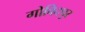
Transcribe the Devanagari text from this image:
गोविदपुर